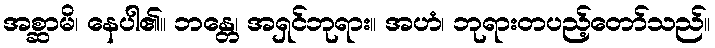
အစ္ဆာမိ၊ နေပါ၏။ ဘန္တေ၊ အရှင်ဘုရား။ အဟံ၊ ဘုရားတပည့်တော်သည်။